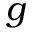
g